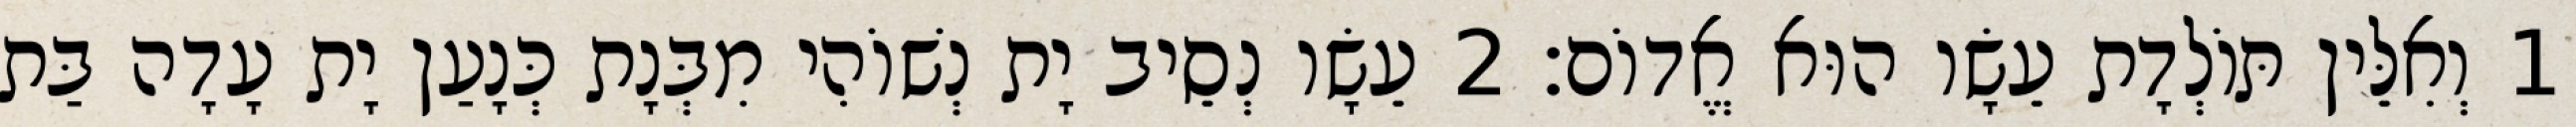
1 וְאִלֵּין תּוֹלְדָת עֵשָׂו הוּא אֱדוֹם׃ 2 עֵשָׂו נְסֵיב יָת נְשׁוֹהִי מִבְּנָת כְּנָעַן יָת עָדָה בַּת